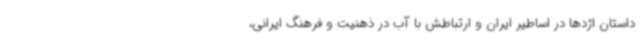
داستان اژدها در اساطیر ایران و ارتباطش با آب در ذهنیت و فرهنگ ایرانی،